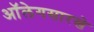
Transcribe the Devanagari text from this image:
ऑलेगसारखे